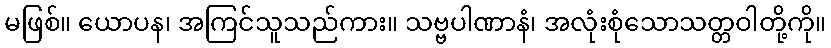
မဖြစ်။ ယောပန၊ အကြင်သူသည်ကား။ သဗ္ဗပါဏာနံ၊ အလုံးစုံသောသတ္တဝါတို့ကို။